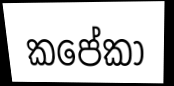
කපේකා